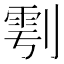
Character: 𭄆